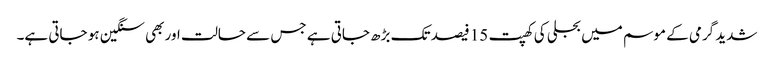
شدید گرمی کے موسم میں بجلی کی کھپت 15 فیصد تک بڑھ جاتی ہے جس سے حالت اور بھی سنگین ہو جاتی ہے۔